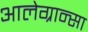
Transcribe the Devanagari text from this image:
आलेग्रान्सा